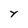
Character: y